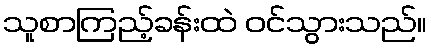
သူစာကြည့်ခန်းထဲ ဝင်သွားသည်။